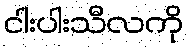
ငါးပါးသီလကို